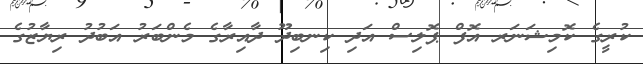
ކުރީގެ ކޮމިޝަަނަރ އޮފް ޕޮލިސް އަދި ކިނބިދޫ ދާއިރާގެ މެންބަރު އަބުދު ރިޔާޒުގެ